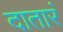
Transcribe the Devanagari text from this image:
दातारं